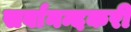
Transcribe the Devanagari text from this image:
सर्वानन्दकरी